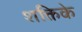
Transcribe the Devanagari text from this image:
शक्तिके